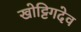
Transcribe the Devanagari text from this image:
खोट्टिगदेव